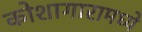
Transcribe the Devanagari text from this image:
कोशागारामध्ये